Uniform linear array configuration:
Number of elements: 32
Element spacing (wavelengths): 1
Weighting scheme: binomial
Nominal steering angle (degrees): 0
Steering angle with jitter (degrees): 1.368
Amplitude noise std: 0.05
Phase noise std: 0.05

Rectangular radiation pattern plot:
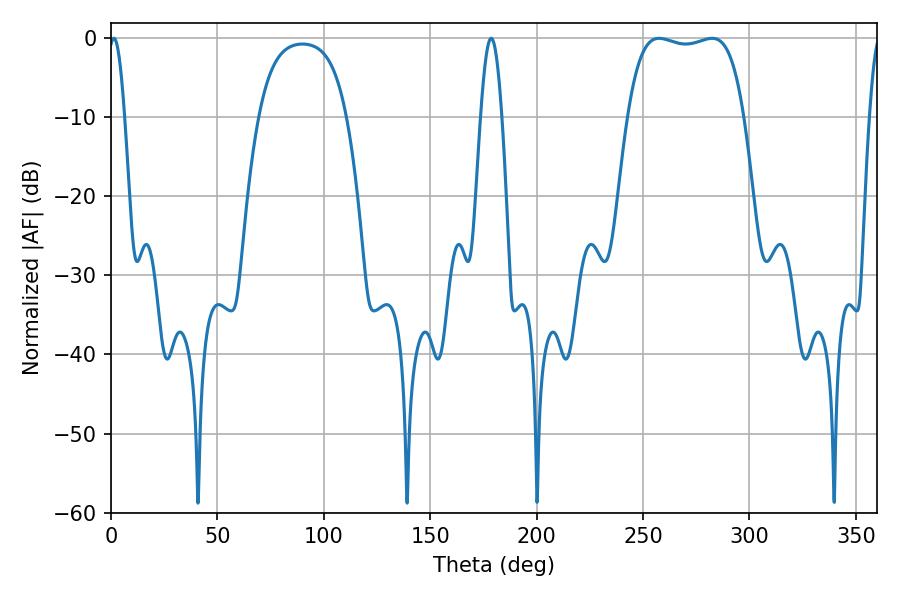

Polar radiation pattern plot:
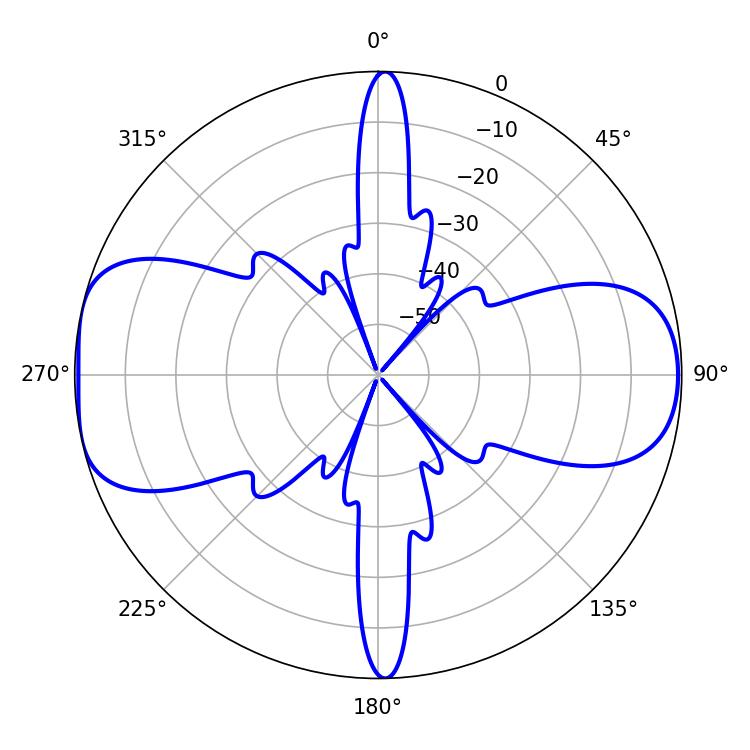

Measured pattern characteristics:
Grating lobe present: TRUE
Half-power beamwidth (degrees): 43.56
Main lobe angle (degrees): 257.58